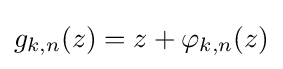
g_{k,n}(z)=z+\varphi _{k,n}(z)